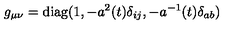
g _ { \mu \nu } = \mathrm { d i a g } ( 1 , - a ^ { 2 } ( t ) \delta _ { i j } , - a ^ { - 1 } ( t ) \delta _ { a b } )